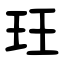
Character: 玨